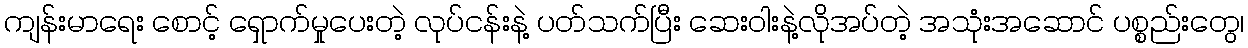
ကျန်းမာရေး စောင့် ရှောက်မှုပေးတဲ့ လုပ်ငန်းနဲ့ ပတ်သက်ပြီး ဆေးဝါးနဲ့လိုအပ်တဲ့ အသုံးအဆောင် ပစ္စည်းတွေ၊